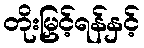
တိုးမြှင့်ရန်နှင့်